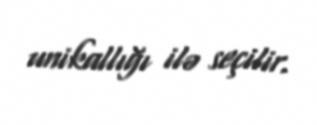
unikallığı ilə seçilir.